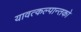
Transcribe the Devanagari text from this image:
यावत्कल्पान्तको